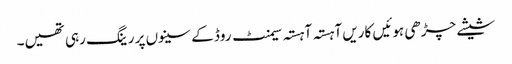
شیشے چڑھی ہوئیں کاریں آہستہ آہستہ سیمنٹ روڈ کے سینوں پر رینگ رہی تھیں۔